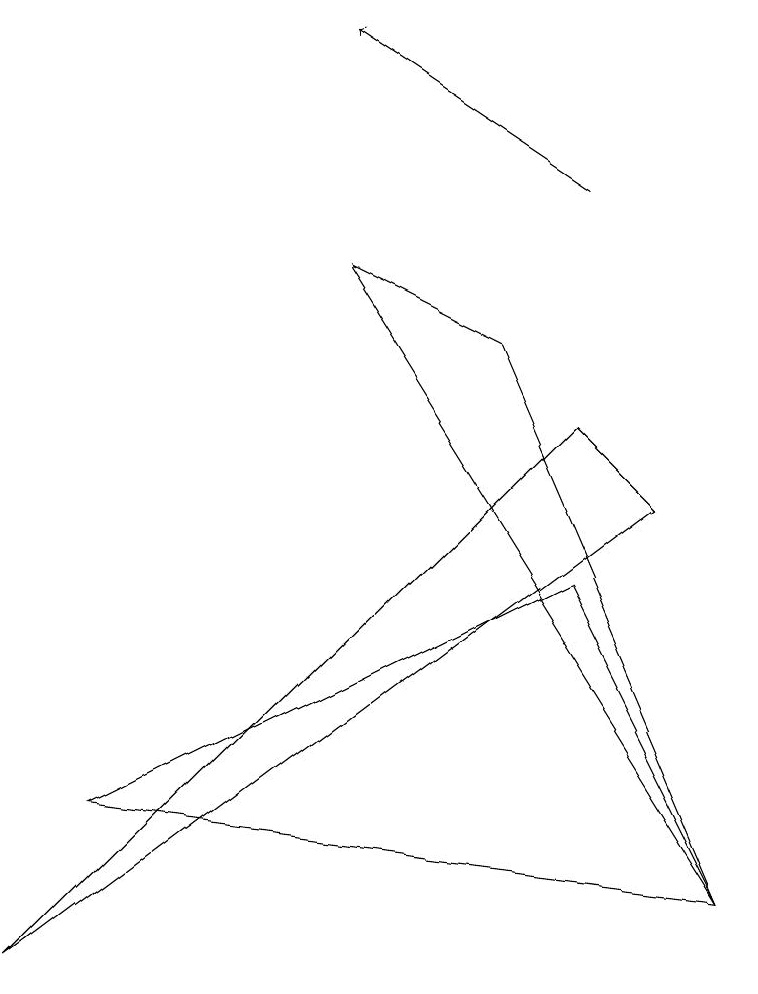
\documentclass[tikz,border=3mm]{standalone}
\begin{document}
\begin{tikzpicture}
\draw (9,1) -- (4,9) -- (6,8) -- cycle;
\draw (9,1) -- (1,2) -- (7,5) -- cycle;
\draw[->] (7,10) -- (4,12);
\draw (7,7) -- (0,0) -- (8,6) -- cycle;
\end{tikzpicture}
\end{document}